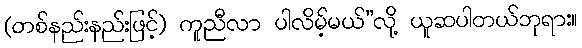
(တစ်နည်းနည်းဖြင့်) ကူညီလာ ပါလိမ့်မယ်”လို့ ယူဆပါတယ်ဘုရား။